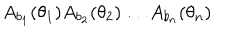
A _ { b _ { 1 } } ( \theta _ { 1 } ) A _ { b _ { 2 } } ( \theta _ { 2 } ) \dots A _ { b _ { n } } ( \theta _ { n } )